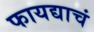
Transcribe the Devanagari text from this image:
फायद्याचं